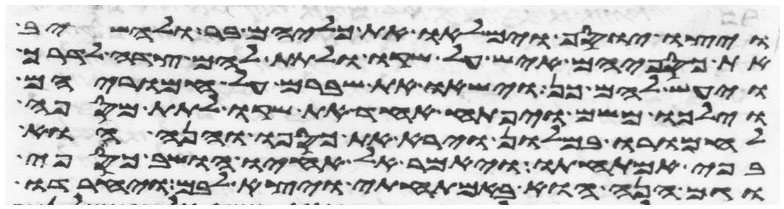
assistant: ויצו יוסף וימלאו את כליהם בר ולהשיב
את כספיהם איש על שקו ולתת להם צדה לדרך
ויעש להם כן וישאו את שברם על חמריהם
וילכו משם ויפתח אחד את שקו לתת מספה
לחמרו במלון וירא את כספו והנה הוא
בפי אמתחתו ויאמר אל אחיו הושב כספי
וגם הנה הוא באמתחתי ויצא לבם ויחרדו